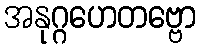
အနုဂ္ဂဟေတဗ္ဗော